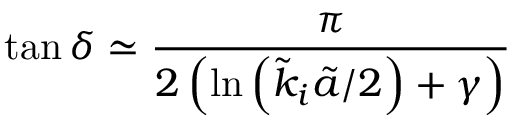
\tan \delta \simeq \frac { \pi } { 2 \left( \ln \left( \tilde { k } _ { i } \tilde { a } / 2 \right) + \gamma \right) }